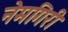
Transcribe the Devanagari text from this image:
नेमगिरी